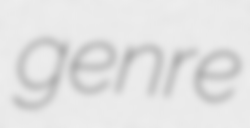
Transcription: genre